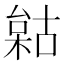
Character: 𣗺